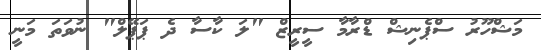
މަޝްހޫރު ސްޕެނިޝް ޑްރާމާ ސީރީޒް "ލަ ކާސާ ދެ ޕަޕޭލް" ނުވަތަ މަނީ